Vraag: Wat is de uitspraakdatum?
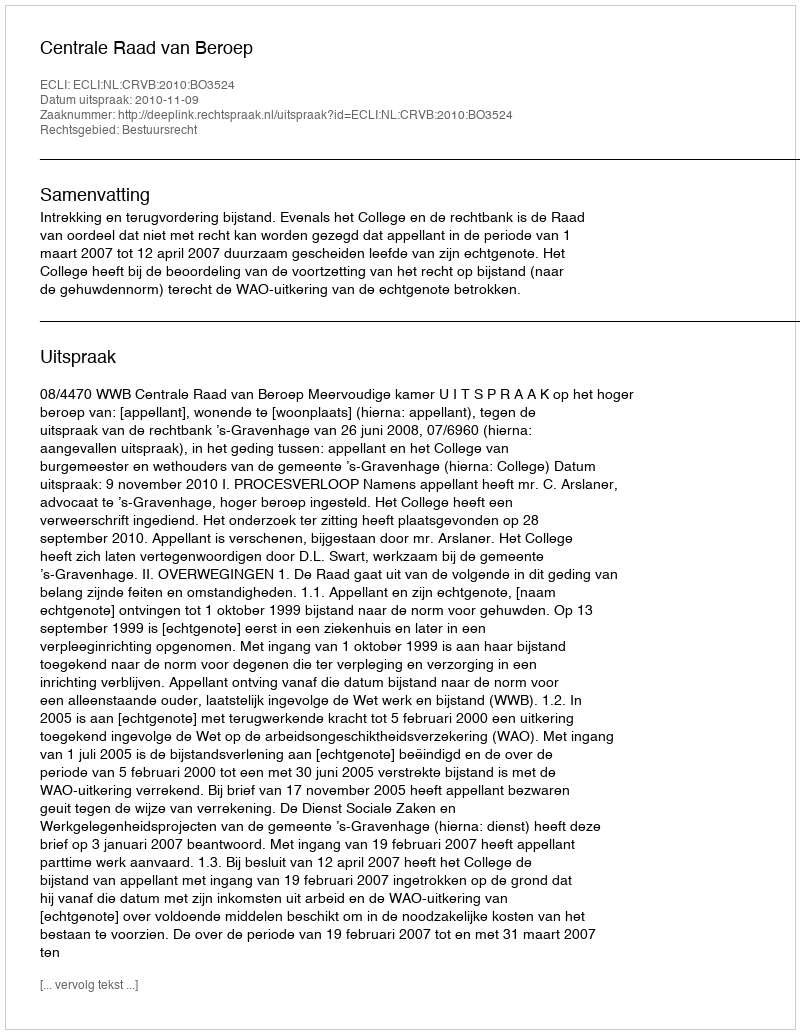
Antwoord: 2010-11-09